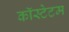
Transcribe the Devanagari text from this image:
कॉस्टेटम